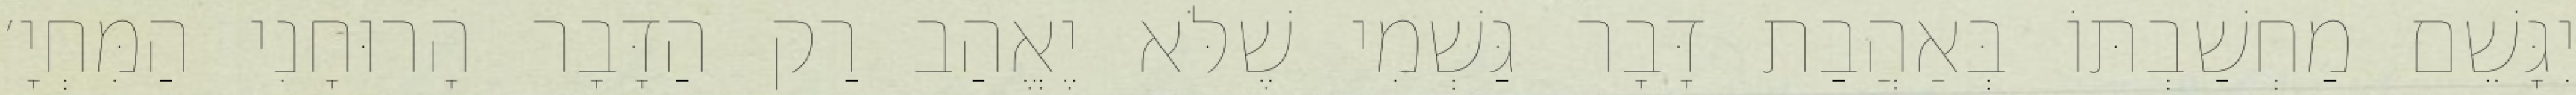
יִגָּשֵׁם מַחְשַׁבְתּוֹ בְּאַהֲבַת דָּבָר גַּשְׁמִי שֶׁלֹּא יֶאֱהַב רַק הַדָּבָר הָרוּחָנִי הַמִּחְיָ׳